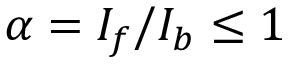
\alpha = I _ { f } / I _ { b } \leq 1